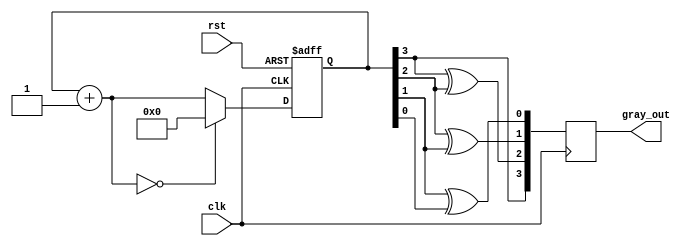
module gray_code_counter (
    input wire clk,           // Clock signal
    input wire rst,           // Reset signal
    output reg [3:0] gray_out // Gray code output (4-bit)
);
    reg [3:0] bin_count;      // Internal binary count (4-bit)
    reg [3:0] next_bin_count; // Next binary count

    // Binary to Gray code conversion
    function [3:0] bin_to_gray;
        input [3:0] bin;
        begin
            bin_to_gray = {bin[3], bin[3] ^ bin[2], bin[2] ^ bin[1], bin[1] ^ bin[0]};
        end
    endfunction

    // Next binary count logic
    always @(*) begin
        next_bin_count = bin_count + 1; // Increment binary count
        if (next_bin_count == 4'b10000) // Check for max value (16)
            next_bin_count = 4'b0000;    // Wrap around to zero
    end

    // Sequential logic for the counter
    always @(posedge clk or posedge rst) begin
        if (rst) begin
            bin_count <= 4'b0000; // Reset binary count to zero
        end else begin
            bin_count <= next_bin_count; // Update binary count
        end
    end

    // Update Gray code output based on the binary count
    always @(posedge clk) begin
        gray_out <= bin_to_gray(bin_count); // Convert binary to Gray code
    end

endmodule